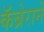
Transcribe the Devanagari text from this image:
कॅब्रेराने